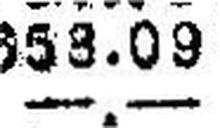
—.—